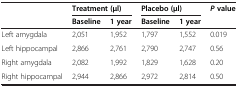
|  | <COLSPAN=2> Treatment (μl) | <COLSPAN=2> Placebo (μl) | P value |
 |  | Baseline | 1 year | Baseline | 1 year |  |
 | --- | --- | --- | --- | --- | --- |
 | Left amygdala | 2,051 | 1,952 | 1,797 | 1,552 | 0.019 |
 | Left hippocampal | 2,866 | 2,761 | 2,790 | 2,747 | 0.56 |
 | Right amygdala | 2,082 | 1,992 | 1,829 | 1,628 | 0.20 |
 | Right hippocampal | 2,944 | 2,866 | 2,972 | 2,814 | 0.50 |